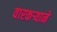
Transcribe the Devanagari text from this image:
वारकर्‍याने